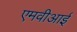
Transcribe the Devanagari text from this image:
एमवीआई